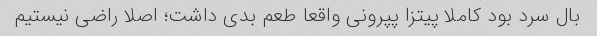
بال سرد بود کاملا پیتزا پپرونی واقعا طعم بدی داشت؛ اصلا راضی نیستیم